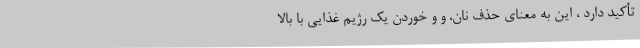
تأکید دارد ، این به معنای حذف نان، و و خوردن یک رژیم غذایی با بالا